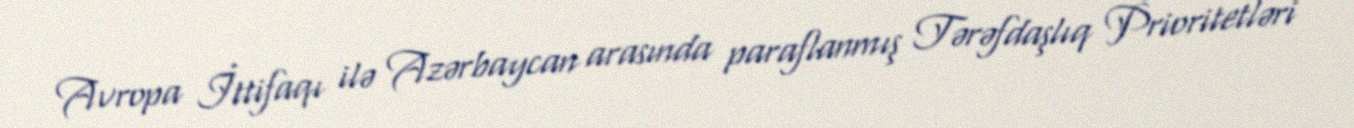
Avropa İttifaqı ilə Azərbaycan arasında paraflanmış Tərəfdaşlıq Prioritetləri